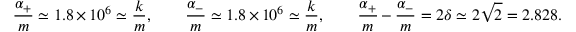
\frac { \alpha _ { + } } { m } \simeq 1 . 8 \times 1 0 ^ { 6 } \simeq \frac { k } { m } , \qquad \frac { \alpha _ { - } } { m } \simeq 1 . 8 \times 1 0 ^ { 6 } \simeq \frac { k } { m } , \qquad \frac { \alpha _ { + } } { m } - \frac { \alpha _ { - } } { m } = 2 \delta \simeq 2 \sqrt { 2 } = 2 . 8 2 8 .